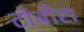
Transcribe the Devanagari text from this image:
टोबीस